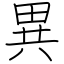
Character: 異